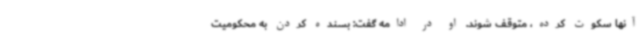
آنها سکوت کرده، متوقف شوند. او در ادامه گفت: بسنده کردن به محکومیت